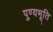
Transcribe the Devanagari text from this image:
पुण्यभूति